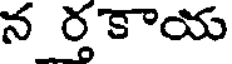
న రకాయ